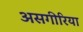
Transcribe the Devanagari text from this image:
असगीरिया